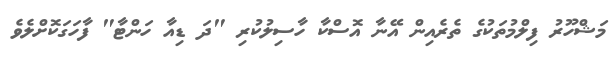
މަޝްހޫރު ފިލްމުތަކުގެ ތެރެއިން އޭނާ އޮސްކާ ހާސިލުކުރި "ދަ ޑިއާ ހަންޓާ" ފާހަގަކޮށްލެވެ